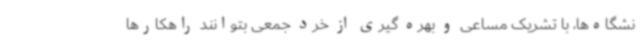
نشگاه‌ها، با تشریک مساعی و بهره گیری از خرد جمعی بتوانند راهکارها